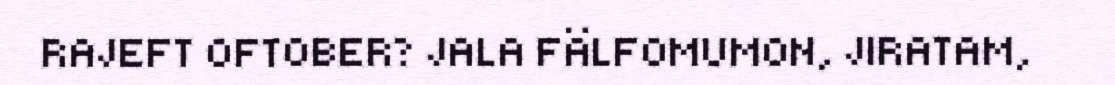
RAJEFT OFTOBER? JALA FÄLFOMUMON, JIRATAM,